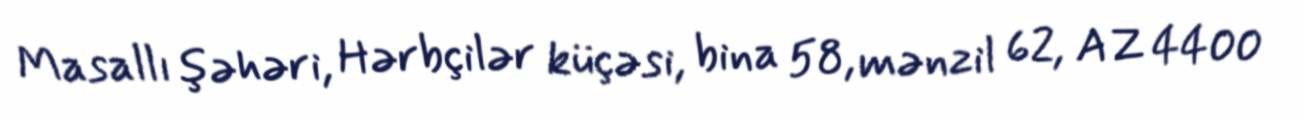
Masallı şəhəri, Hərbçilər küçəsi, bina 58, mənzil 62, AZ 4400